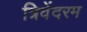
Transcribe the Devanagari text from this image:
त्रिवेंदरम